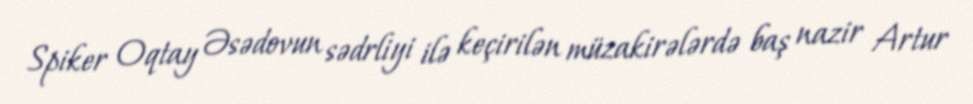
Spiker Oqtay Əsədovun sədrliyi ilə keçirilən müzakirələrdə baş nazir Artur